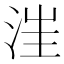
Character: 𣳫